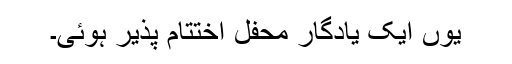
یوں ایک یادگار محفل اختتام پذیر ہوئی۔